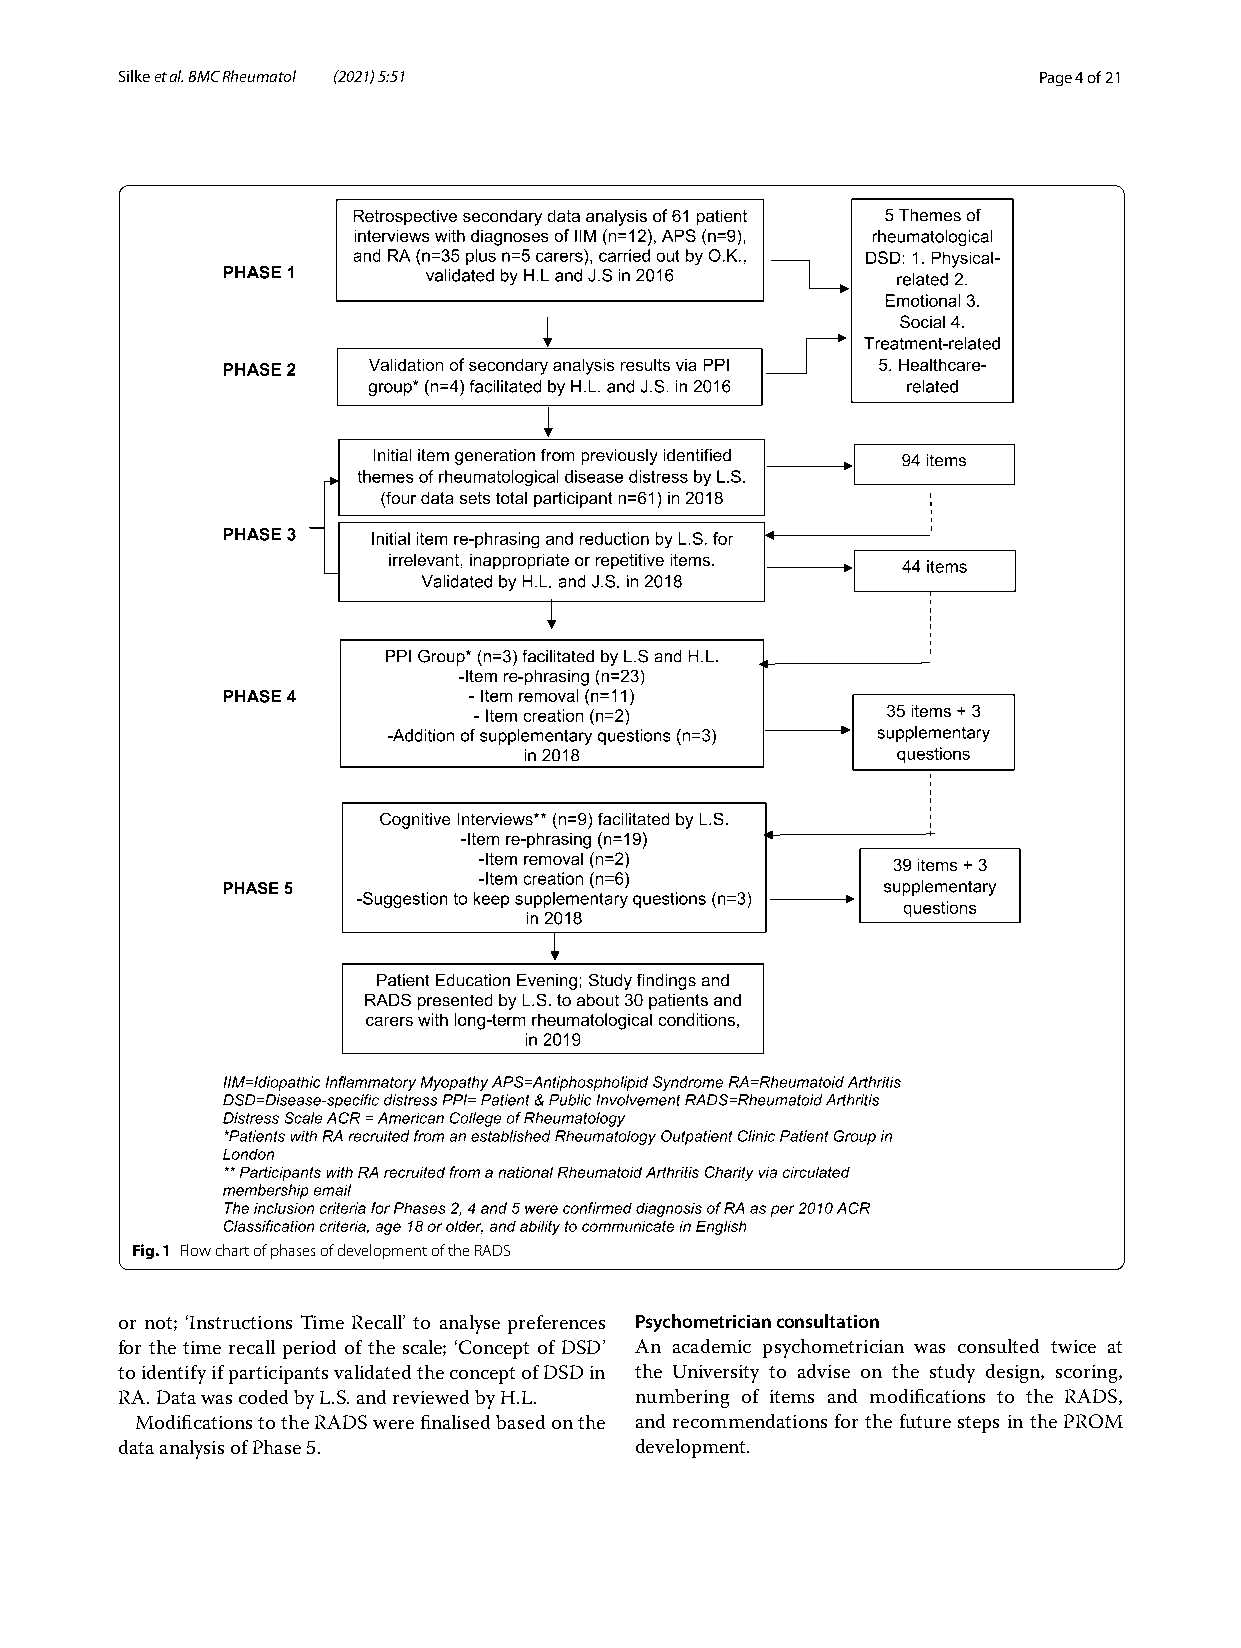
Silke et al. BMC Rheumatol (2021) 5:51                       Page 4 of 21
 Fig. 1 Flow chart of phases of development of the RADS
 or not; ‘Instructions Time Recall’ to analyse preferences Psychometrician consultation
 for the time recall period of the scale; ‘Concept of DSD’ An academic psychometrician was consulted twice at
 to identify if participants validated the concept of DSD in the University to advise on the study design, scoring,
 RA. Data was coded by L.S. and reviewed by H.L. numbering of items and modifications to the RADS,
 Modifications to the RADS were finalised based on the and recommendations for the future steps in the PROM
 data analysis of Phase 5.         development.